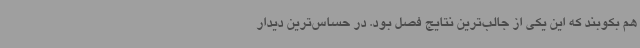
هم بکوبند که این یکی از جالب‌ترین نتایج فصل بود. در حساس‌ترین دیدار